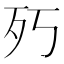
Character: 㱙